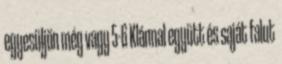
egyesüljön még vagy 5-6 Klánnal együtt és saját falut